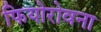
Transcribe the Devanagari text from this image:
फियोरोवना